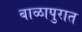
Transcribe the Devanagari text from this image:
बाळापुरात